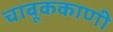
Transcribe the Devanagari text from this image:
चाबूककाणी